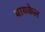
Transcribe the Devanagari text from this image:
बायकेल